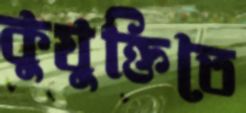
কুযুক্তিতে